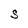
Character: S